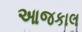
આજકાલ